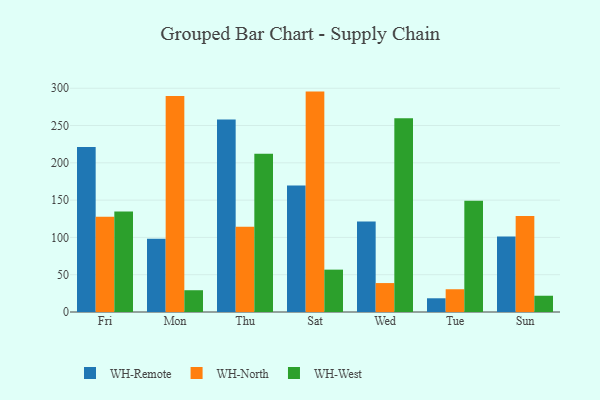
{"axis": {"x": "Day", "y": "Demand Index"}, "legend": ["WH-North", "WH-Remote", "WH-West"], "data": [{"x": "Fri", "y": 221.2, "type": "WH-Remote"}, {"x": "Fri", "y": 127.8, "type": "WH-North"}, {"x": "Fri", "y": 134.6, "type": "WH-West"}, {"x": "Mon", "y": 98.3, "type": "WH-Remote"}, {"x": "Mon", "y": 289.5, "type": "WH-North"}, {"x": "Mon", "y": 29.2, "type": "WH-West"}, {"x": "Thu", "y": 258.2, "type": "WH-Remote"}, {"x": "Thu", "y": 114.4, "type": "WH-North"}, {"x": "Thu", "y": 212.1, "type": "WH-West"}, {"x": "Sat", "y": 169.5, "type": "WH-Remote"}, {"x": "Sat", "y": 295.5, "type": "WH-North"}, {"x": "Sat", "y": 56.8, "type": "WH-West"}, {"x": "Wed", "y": 121.4, "type": "WH-Remote"}, {"x": "Wed", "y": 38.8, "type": "WH-North"}, {"x": "Wed", "y": 259.7, "type": "WH-West"}, {"x": "Tue", "y": 18.4, "type": "WH-Remote"}, {"x": "Tue", "y": 30.5, "type": "WH-North"}, {"x": "Tue", "y": 149.0, "type": "WH-West"}, {"x": "Sun", "y": 101.3, "type": "WH-Remote"}, {"x": "Sun", "y": 128.6, "type": "WH-North"}, {"x": "Sun", "y": 21.8, "type": "WH-West"}]}